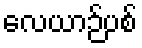
လေယာဉ်ပစ်